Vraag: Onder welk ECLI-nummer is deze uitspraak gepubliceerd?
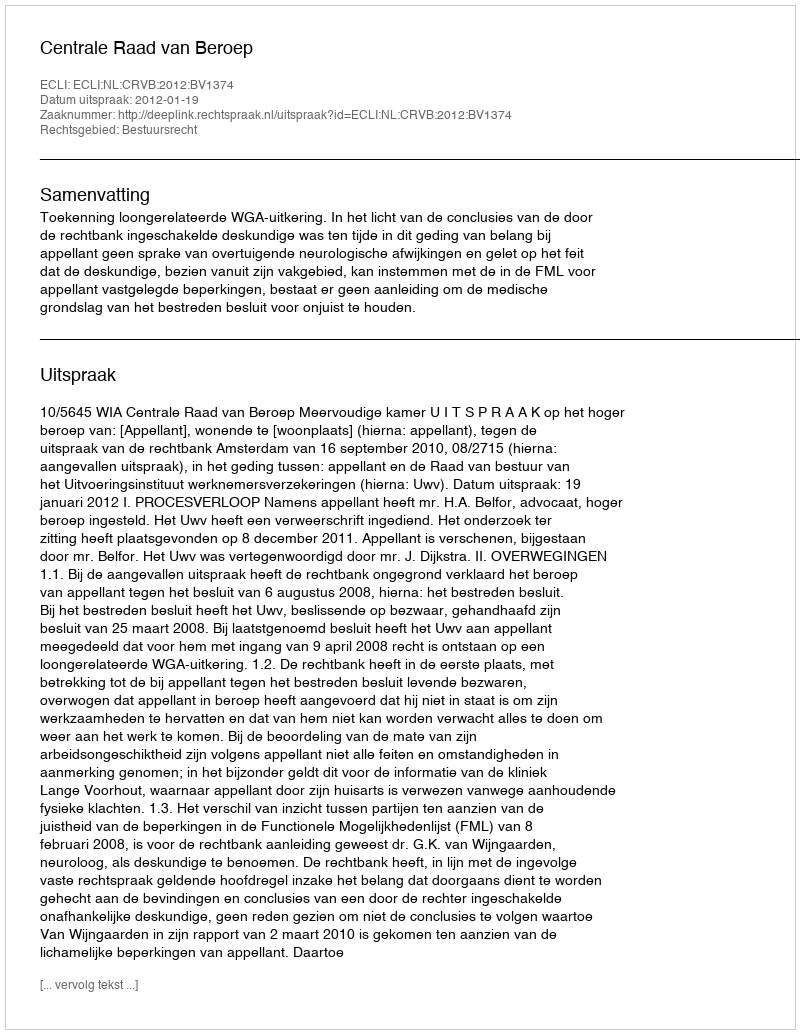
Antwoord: ECLI:NL:CRVB:2012:BV1374